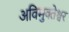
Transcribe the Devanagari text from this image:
अविमुक्तेश्वर